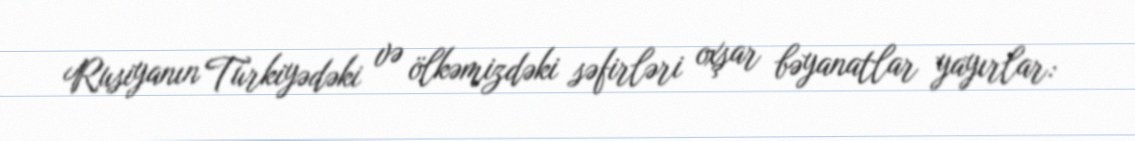
Rusiyanın Türkiyədəki və ölkəmizdəki səfirləri oxşar bəyanatlar yayırlar: